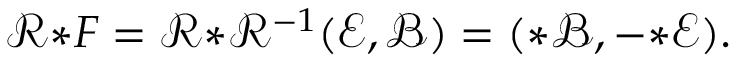
\mathcal { R } { * } F = \mathcal { R } { * } \mathcal { R } ^ { - 1 } ( \mathscr { E } , \mathscr { B } ) = ( { \boldsymbol { * } } \mathscr { B } , - { \boldsymbol { * } } \mathscr { E } ) .